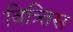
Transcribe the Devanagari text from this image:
वित्र्तिस